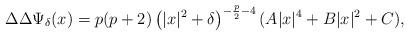
LaTeX: \begin{align*}\Delta\Delta\Psi_\delta(x) = p(p+2)\left(|x|^2+\delta\right)^{-\frac{p}{2}-4}(A|x|^4+B|x|^2+C),\end{align*}